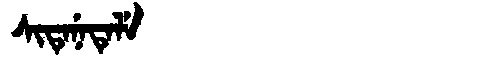
Manchu: ᠰᡳᡨᡝᠨᡝᡨᡝᠯᡝ
Romanization: SITENETELE